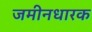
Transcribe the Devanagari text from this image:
जमीनधारक